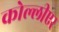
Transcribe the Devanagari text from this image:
कोल्लीएर